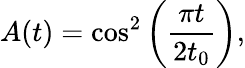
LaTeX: A(t)=\cos^{2}\left(\frac{\pi t}{2t_{0}}\right),